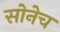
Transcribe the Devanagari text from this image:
सोनेच